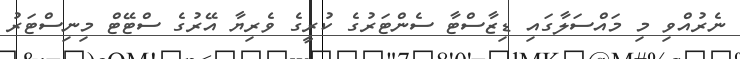
ނެރުއްވި މި މައްސަލާގައި ޑިޒާސްޓާ ސެންޓަރުގެ ކުރީގެ ވެރިޔާ އޭރުގެ ސްޓޭޓް މިނިސްޓަރު